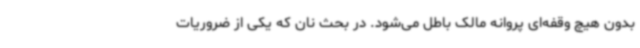
بدون هیچ وقفه‌ای پروانه مالک باطل می‌شود. در بحث نان که یکی از ضروریات